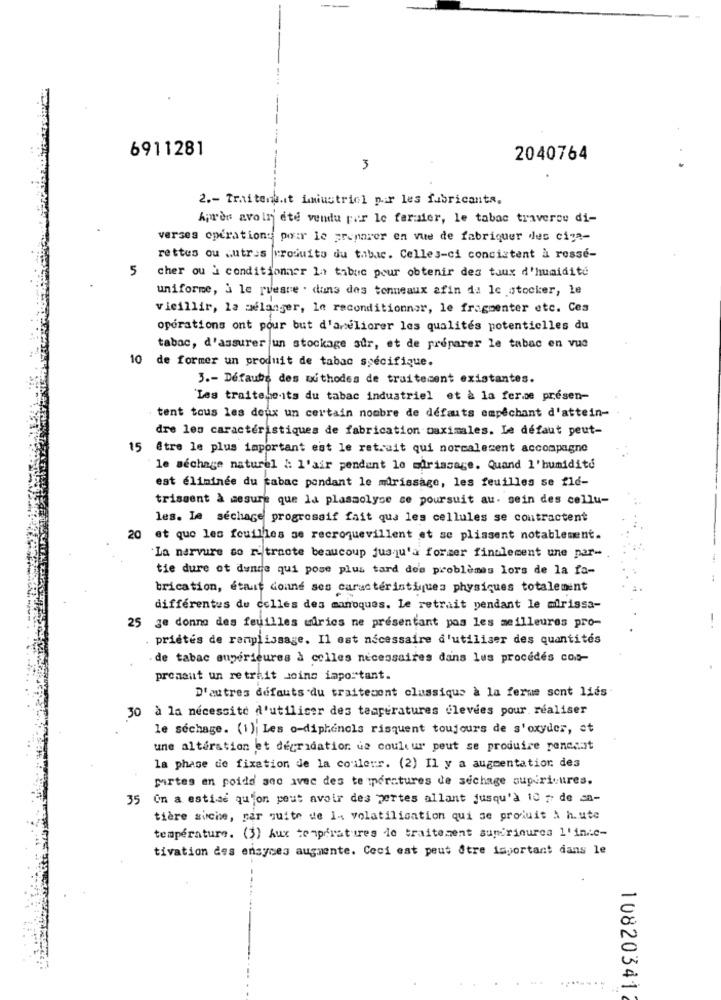
6911281
2040764
3
2 .- Traiteng.it iniustriel pir les fabricants.
Après avoir été vendu par le fer:dier, le tabac traverse di-
verses operations
par le preparer en vue de fabriquer des ciga-
rettes ou autres produits du tabac. Celles-ci consistent à rosse-
5
cher ou a conditionner la tabuc pour obtenir des taux d'humidité
uniforme, à le riesce . dans des tonneaux afin da le stocker, le
vieillir, la melanger, le reconditionner, le fragmenter etc. Ces
opérations ont pour but d'améliorer les qualités potentielles du
tabac, d'assurer un stockage sûr, et de préparer le tabac en vue
10 de former un produit de tabac spécifique.
3 .- Défauts des outhodes de traitement existantes.
'Les traitebeits du tabac industriel et à la ferme presen-
tent tous les deux un certain nombre de défauts empêchant d'attein-
dre les caractéristiques de fabrication maximales. Le défaut peut-
15 être le plus important est le retrait qui norcalecent accompagne
le séchage naturel : l'air pendant le murissage. Quand l'humidité
est éliminée du tabac pendant le mirissage, les feuilles se fle-
trissent à mesure que la plasmolyse se poursuit au. sein des cellu-
les. Ie séchage progressif fait qua les cellules se contractent
20 et que les feuilles se recroquevillent et se plissent notablement.
La nervure so ri tracte beaucoup jusqu'à former finalement une par-
tie dure ot dunce qui pose plus tard do's problèmes lors de la fa-
brication, était donne ses caractéristiques physiques totalement
différentes de celles des manoques. le retrait pendant le mirissa-
-
25 je donne des feuilles mirics ne présentant pos les meilleures pro-
priétés de remplissage. Il est nécessaire d'utiliser des quantités
.de tabac supérieures à colles nécessaires dans les procédés cos-
pronaut un retrait Joins important.
D'autres défauts du traitement classique à la ferme sont liés
30 à la nécessité d'utiliser des temperatures élevées pour réaliser
le séchage. (1)| Les o-diphenols risquent toujours de s'oxyder, et
une alteration et degradation de couleur peut se produire penccat
la phase de fixation de la couleur. (2) Il y a augmentation des
partes en poidd soc avec des te meratures de sechage supérieures.
35 On a estimé qu'on peut avoir des pertes allant jusqu'à 10 ; de sa-
tière suche, par quite de 1- volatilisation qui se produit & h.ute
temperature. (3) Aux temperatures de traitement suprinures l'in.c-
tivation des ensyces augmente. Ceci est peut être important dans le
10820341